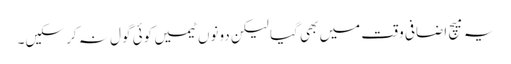
یہ میچ اضافی وقت میں بھی گیا لیکن دونوں ٹیمیں کوئی گول نہ کر سکیں۔